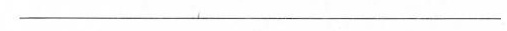
___